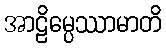
အာဠိမ္ပေဿာမာတိ